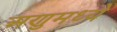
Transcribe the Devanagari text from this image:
अणुमध्ये